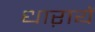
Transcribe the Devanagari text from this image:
धाऱायें